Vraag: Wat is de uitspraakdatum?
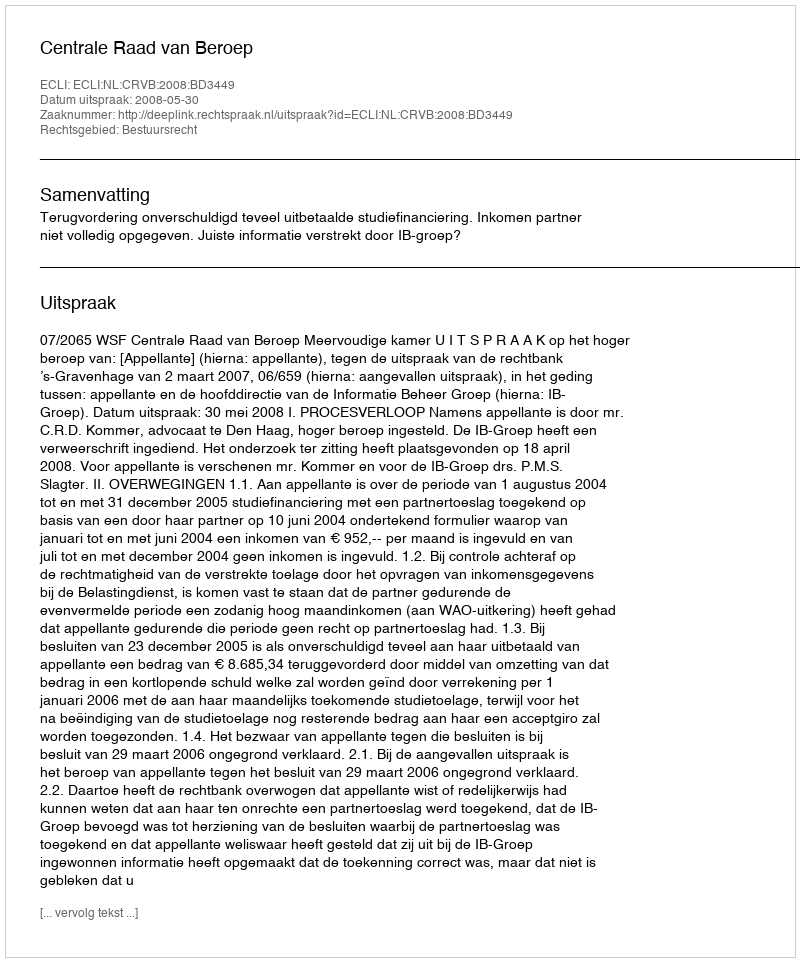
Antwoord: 2008-05-30